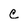
Character: c